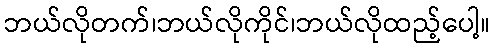
ဘယ်လိုတက်၊ဘယ်လိုကိုင်၊ဘယ်လိုထည့်ပေါ့။